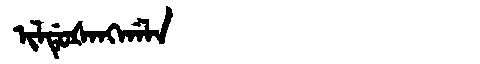
Manchu: ᡳᠯᡩᡠᡧᠠᠩᡤᠠᠯᠠ
Romanization: ILDUŠANGGALA